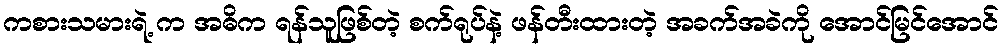
ကစားသမားရဲ့ က အဓိက ရန်သူဖြစ်တဲ့ စက်ရုပ်နဲ့ ဖန်တီးထားတဲ့ အခက်အခဲကို အောင်မြင်အောင်